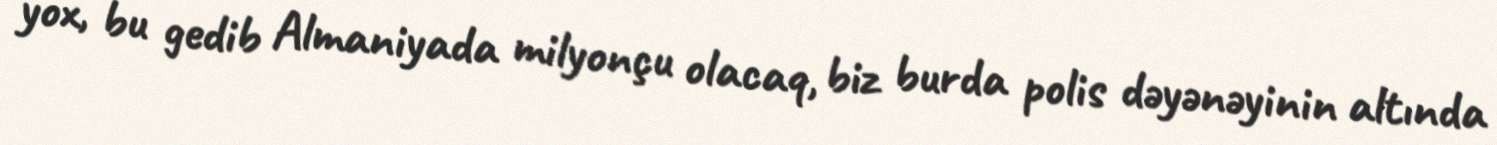
yox, bu gedib Almaniyada milyonçu olacaq, biz burda polis dəyənəyinin altında